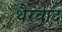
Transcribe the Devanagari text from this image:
थैरवाद